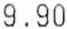
9.90